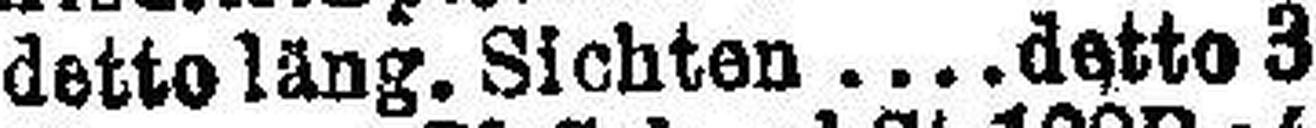
detto läng. Sichten  detto 3